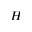
H